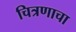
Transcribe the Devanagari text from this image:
चित्रणाचा